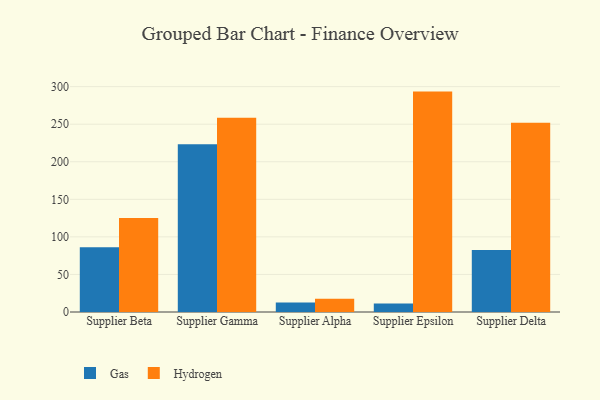
{"axis": {"x": "Supplier", "y": "Active Users"}, "legend": ["Gas", "Hydrogen"], "data": [{"x": "Supplier Beta", "y": 86.2, "type": "Gas"}, {"x": "Supplier Beta", "y": 125.0, "type": "Hydrogen"}, {"x": "Supplier Gamma", "y": 223.2, "type": "Gas"}, {"x": "Supplier Gamma", "y": 258.6, "type": "Hydrogen"}, {"x": "Supplier Alpha", "y": 12.8, "type": "Gas"}, {"x": "Supplier Alpha", "y": 17.8, "type": "Hydrogen"}, {"x": "Supplier Epsilon", "y": 11.3, "type": "Gas"}, {"x": "Supplier Epsilon", "y": 293.4, "type": "Hydrogen"}, {"x": "Supplier Delta", "y": 82.6, "type": "Gas"}, {"x": "Supplier Delta", "y": 252.0, "type": "Hydrogen"}]}